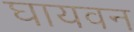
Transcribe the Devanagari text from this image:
घायवन